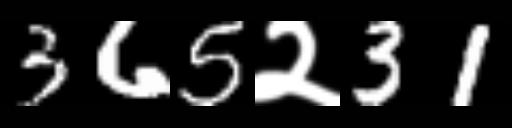
Text: 365२31